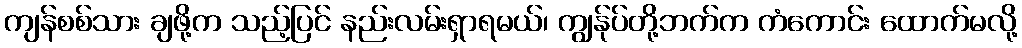
ကျန်စစ်သား ချဖို့က သည့်ပြင် နည်းလမ်းရှာရမယ်၊ ကျွန်ုပ်တို့ဘက်က ကံကောင်း ထောက်မလို့